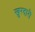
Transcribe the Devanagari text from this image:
खुरदारी